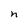
Character: n